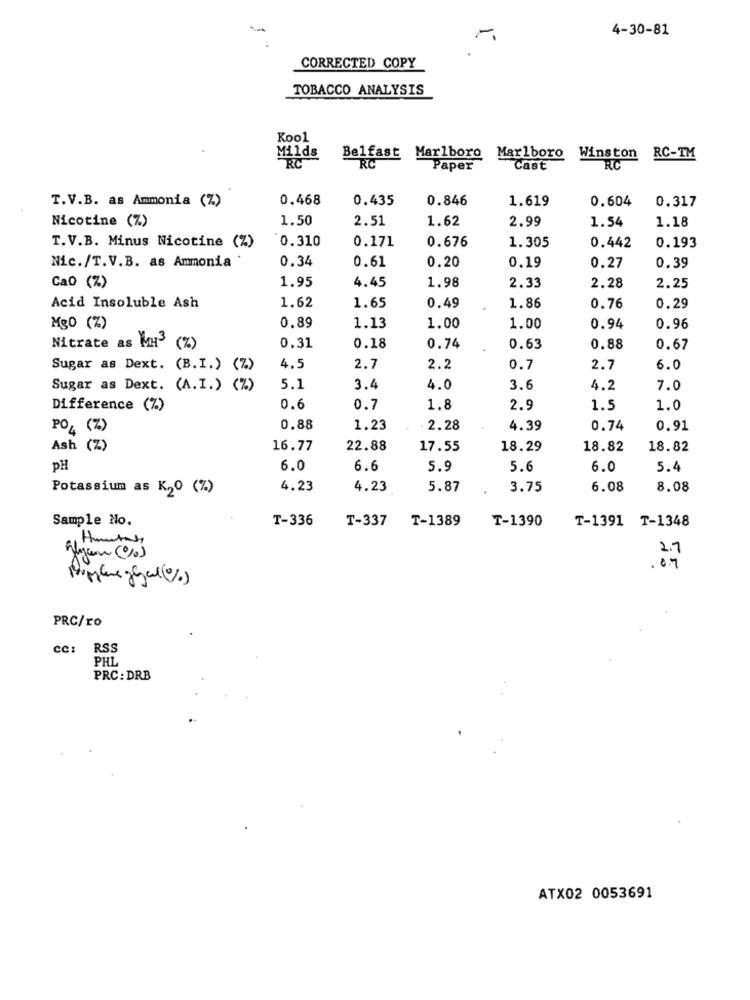
4-30-81
CORRECTED COPY
TOBACCO ANALYSIS
Kool
Milds
RC
Belfast Marlboro Marlboro Winston RC-TM
Paper
Cast
RC
T.V.B. as Ammonia (%)
0.468
0.435
0.846
1.619
0.604
0.317
Nicotine (Z)
1.50
2.51
1.62
2.99
1.54
1.18
0.310
0.171
T.V.B. Minus Nicotine (%)
0.676
1.305
0.442
0.193
0.34
0.20
0.19
0.27
0.39
Nic./T.V.B. as Ammonia
0.61
Cao (%)
1.95
4.45
1.98
2.28
2.33
2.25
Acid Insoluble Ash
1.62
1.65
0.49
1.86
0.76
0.29
Mg0 (%)
0.89
1.13
1.00
1.00
0.94
0.96
Nitrate as Ky3 (%)
0.31
0.18
0.74
0.63
0.88
0.67
Sugar as Dext. (B.I.) (7)
4.5
2.7
2.2
0.7
2.7
6.0
Sugar as Dext. (A.I.) (%)
5.1
3.4
4.0
3.6
4.2
7.0
Difference (%)
0.6
0.7
1.8
2.9
1.5
1.0
PO 4 (7)
0.88
1.23
2.28
4.39
0.74
0.91
Ash (Z)
16.77
22.88
17.55
18.29
18.82
18.82
pH
6.0
6.6
5.9
5.6
6.0
5.4
Potassium as K20 (%)
4.23
4.23
5.87
3.75
6.08
8.08
Sample No.
T-336
T-337
T-1389
T-1390
T-1391 T-1348
2.7
algum (%)
. 07
PRC/ro
cc: RSS
PHL
PRC: DRB
ATX02 0053691